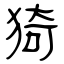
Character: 猗